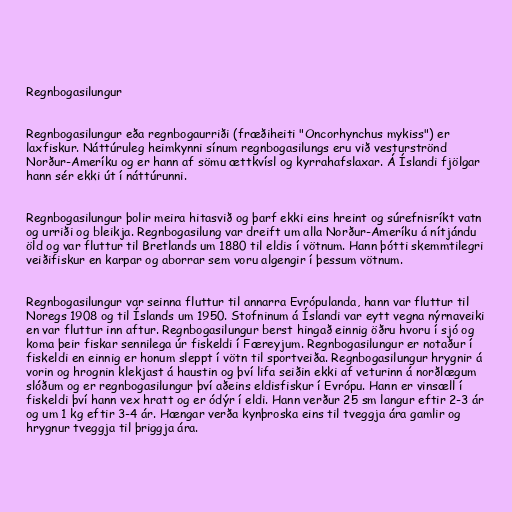
Regnbogasilungur

Regnbogasilungur eða regnbogaurriði (fræðiheiti "Oncorhynchus mykiss") er
laxfiskur. Náttúruleg heimkynni sínum regnbogasilungs eru við vesturströnd
Norður-Ameríku og er hann af sömu ættkvísl og kyrrahafslaxar. Á Íslandi fjölgar
hann sér ekki út í náttúrunni.

Regnbogasilungur þolir meira hitasvið og þarf ekki eins hreint og súrefnisríkt vatn
og urriði og bleikja. Regnbogasilung var dreift um alla Norður-Ameríku á nítjándu
öld og var fluttur til Bretlands um 1880 til eldis í vötnum. Hann þótti skemmtilegri
veiðifiskur en karpar og aborrar sem voru algengir í þessum vötnum.

Regnbogasilungur var seinna fluttur til annarra Evrópulanda, hann var fluttur til
Noregs 1908 og til Íslands um 1950. Stofninum á Íslandi var eytt vegna nýrnaveiki
en var fluttur inn aftur. Regnbogasilungur berst hingað einnig öðru hvoru í sjó og
koma þeir fiskar sennilega úr fiskeldi í Færeyjum. Regnbogasilungur er notaður í
fiskeldi en einnig er honum sleppt í vötn til sportveiða. Regnbogasilungur hrygnir á
vorin og hrognin klekjast á haustin og því lifa seiðin ekki af veturinn á norðlægum
slóðum og er regnbogasilungur því aðeins eldisfiskur í Evrópu. Hann er vinsæll í
fiskeldi því hann vex hratt og er ódýr í eldi. Hann verður 25 sm langur eftir 2-3 ár
og um 1 kg eftir 3-4 ár. Hængar verða kynþroska eins til tveggja ára gamlir og
hrygnur tveggja til þriggja ára.